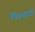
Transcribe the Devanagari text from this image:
पित्तस्रावी